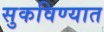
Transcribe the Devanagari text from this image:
सुकविण्यात